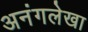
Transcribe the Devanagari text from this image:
अनंगलेखा